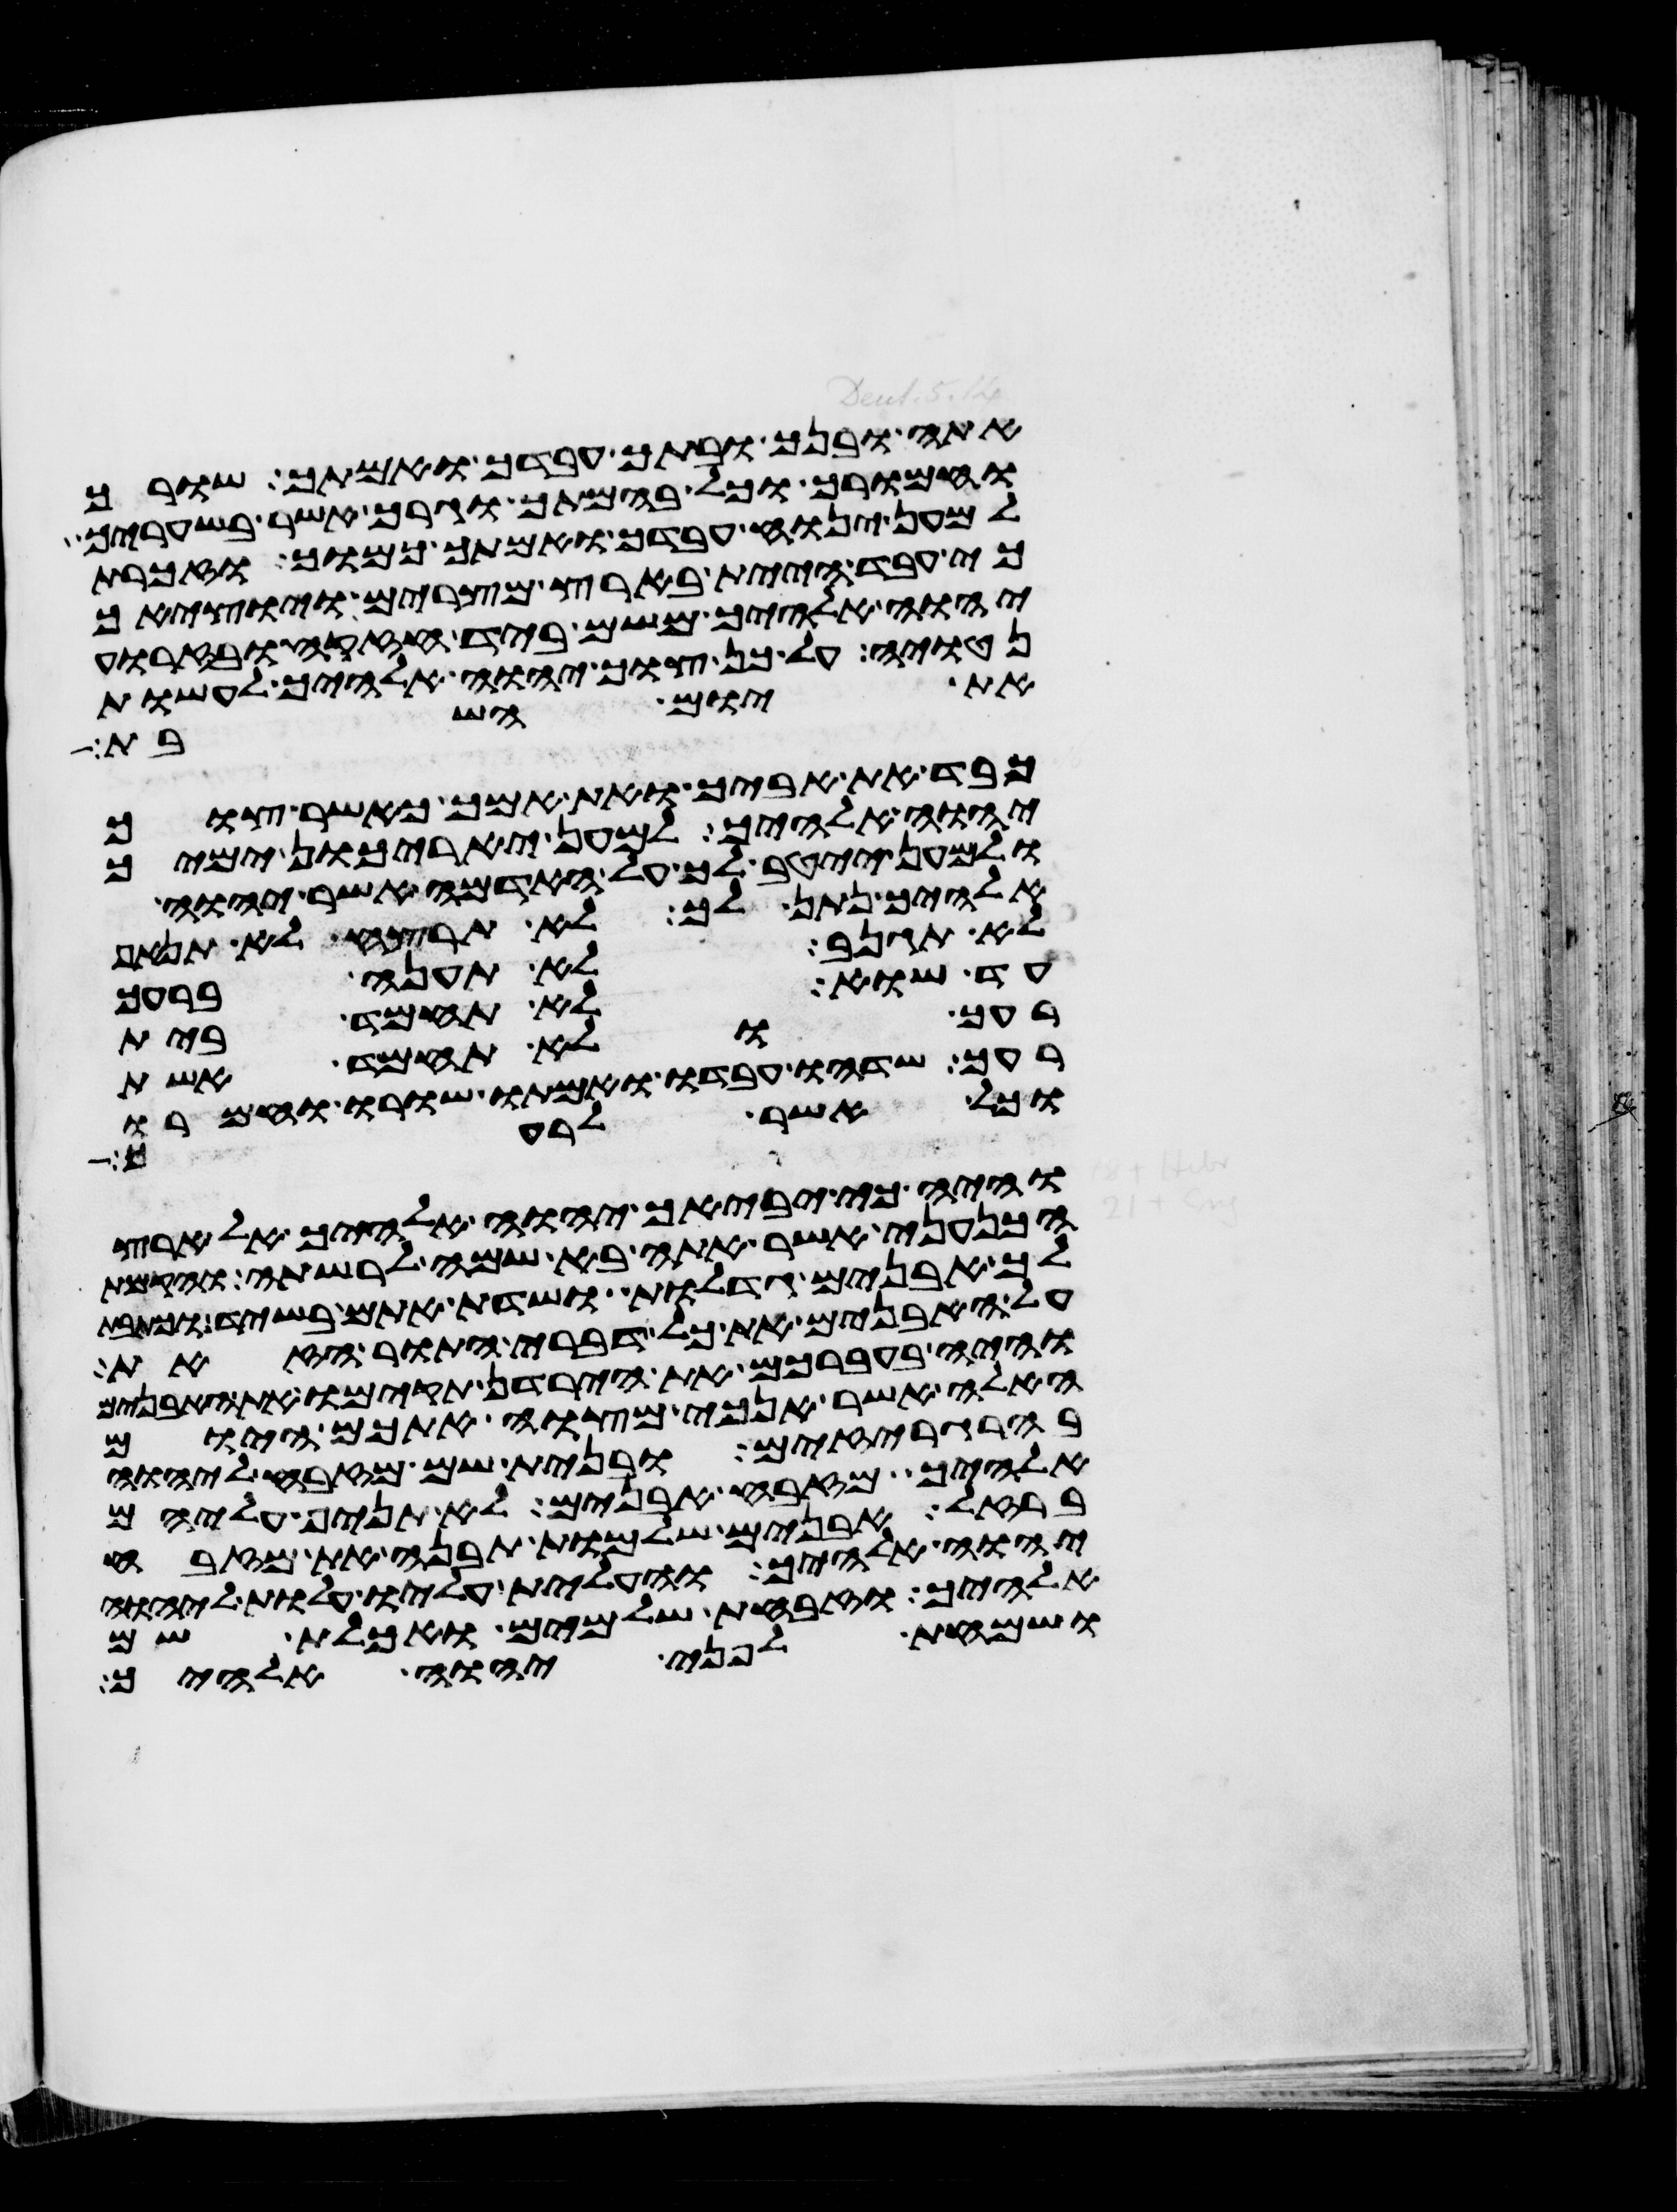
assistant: אתה ובנך ובתך עבדך ואמתך שורך
וחמורך וכל בהמתך וגרך אשר בשעריך
למען ינוח עבדך ואמתך כמוך וזכרת
כי עבד היית בארץ מצרים ויוציאך
יהוה אלהיך משם ביד חזקה ובזרוע
נטויה על כן צוך יהוה אלהיך לעשות
את יום השבת
כבד את אביך ואת אמך כאשר צוך
יהוה אלהיך למען יארכון ימיך
ולמען ייטב לך על האדמה אשר יהוה
אלהיך נתן לך לא תרצח לא תנאף
לא תגנב לא תענה ברעך
עד שוא לא תחמד בית
רעך ולא תחמד אשת
רעך שדהו עבדו ואמתו שורו וחמרו
וכל אשר לרעך
והיה כי יביאך יהוה אלהיך אל ארץ
הכנעני אשר אתה בא שמה לרשתה והקמת
לך אבנים גדלות ושדת אתם בשיד וכתבת
על האבנים את כל דברי התורה הזאת
והיה בעברכם את הירדן תקימו את האבנים
האלה אשר אנכי מצוה אתכם היום
בהרגריזים ובנית שם מזבח ליהוה
אלהיך מזבח אבנים לא תניף עליהם
ברזל אבנים שלמות תבנה את מזבח
יהוה אלהיך והעלית עליו עלות ליהוה
אלהיך וזבחת שלמים ואכלת שם
ושמחת לפני יהוה אלהיך